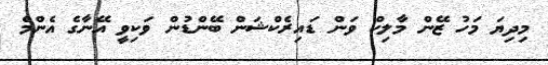
މިދިޔަ މަހު ޒޭން މާލިކް ވަން ޑައިރެކްޝަން ބޭންޑުން ވަކިވީ އޭނާގެ އެންމެ